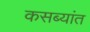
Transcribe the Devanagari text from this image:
कसब्यांत